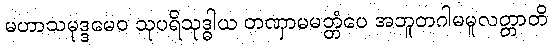
မဟာသမုဒ္ဒမေဝ သုပရိသုဒ္ဓါယ တဏှာမမတ္တံပေ အဘူတဂါမမူလတ္တာတိ